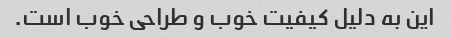
این به دلیل کیفیت خوب و طراحی خوب است.